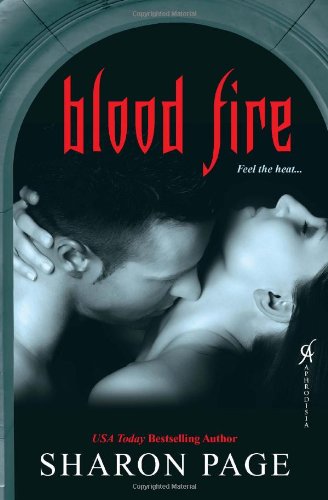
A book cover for Blood Fire; Sharon Page; Romance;